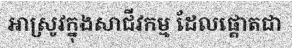
អាស្រូវក្នុងសាជីវកម្ម ដែលផ្តោតជា